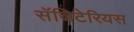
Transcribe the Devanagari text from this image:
सॅजिटेरियस